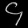
Digit: ၄